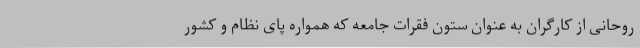
روحانی از کارگران به عنوان ستون فقرات جامعه که همواره پای نظام و کشور